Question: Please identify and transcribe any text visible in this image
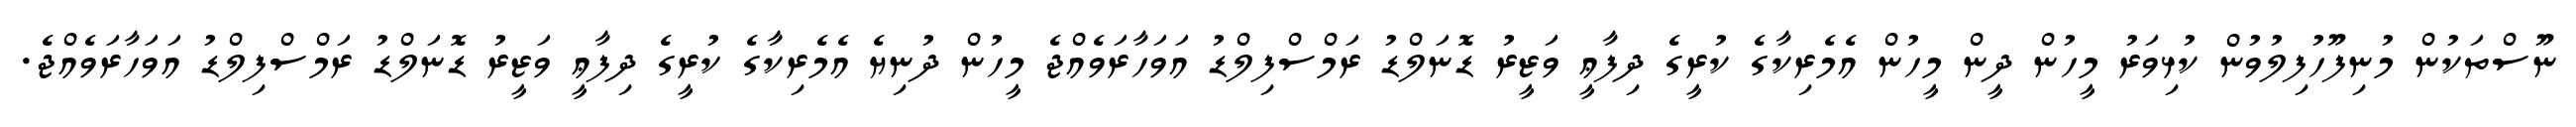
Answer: ނޫސްތަކުން މުނިފޫހުފިލުވުން ކުޅިވަރު މީހުން ދީން މީހުން އެމެރިކާގެ ކުރީގެ ދިފާޢީ ވަޒީރު ޑޮނަލްޑު ރަމްސްފިލްޑު އަވަހާރަވެއްޖެ މީހުން ދުނިޔެ އެމެރިކާގެ ކުރީގެ ދިފާޢީ ވަޒީރު ޑޮނަލްޑު ރަމްސްފިލްޑު އަވަހާރަވެއްޖެ.